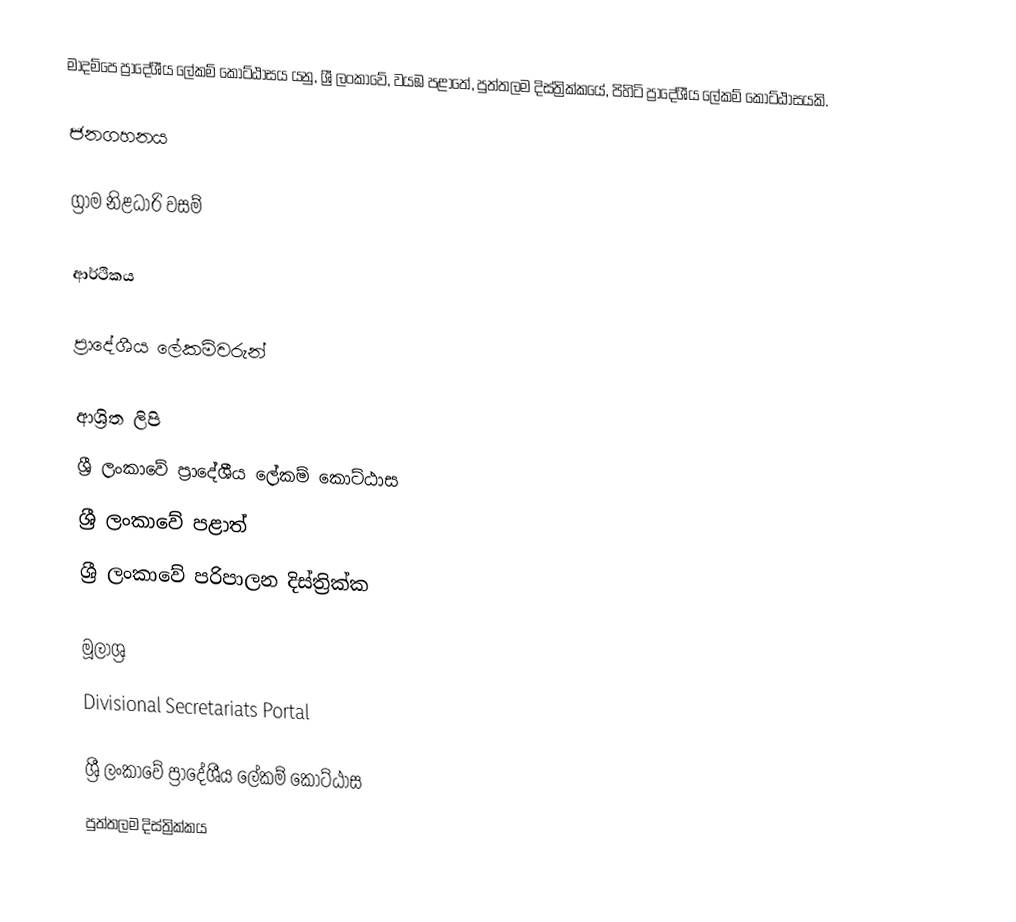
මාදම්පෙ ප්‍රාදේශීය ලේකම් කොට්ඨාසය යනු,  ශ්‍රී ලංකාවේ, වයඹ පළාතේ,   පුත්තලම දිස්ත්‍රික්කයේ, පිහිටි ප්‍රාදේශීය ලේකම් කොට්ඨාසයකි.

ජනගහනය

ග්‍රාම නිළධාරි වසම්

ආර්ථිකය

ප්‍රාදේශීය ලේකම්වරුන්

ආශ්‍රිත ලිපි
ශ්‍රී ලංකාවේ ප්‍රාදේශීය ලේකම් කොට්ඨාස
ශ්‍රී ලංකාවේ පළාත්
ශ්‍රී ලංකාවේ පරිපාලන දිස්ත්‍රික්ක

මූලාශ්‍ර
 Divisional Secretariats Portal

ශ්‍රී ලංකාවේ ප්‍රාදේශීය ලේකම් කොට්ඨාස
පුත්තලම දිස්ත්‍රික්කය